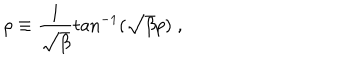
\rho \equiv \frac { 1 } { \sqrt { \beta } } \tan ^ { - 1 } ( \sqrt { \beta } p ) \; ,